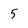
Character: 5